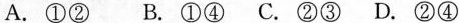
A.①② B.①④ C.②③ D.②④